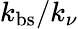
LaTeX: k_{\mathrm{bs}}/k_{\nu}